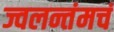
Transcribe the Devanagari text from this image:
ज्वलन्तंमचं